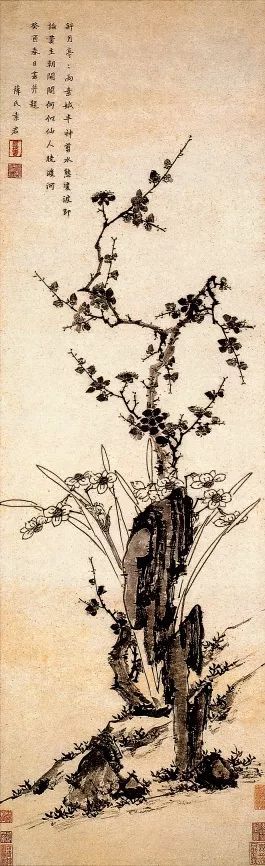
凄凄岁暮风，翳翳经日雪。